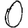
Digit: 0